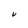
Character: V